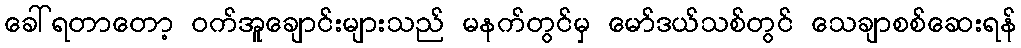
ခေါ်ရတာတော့ ဝက်အူချောင်းများသည် မနက်တွင်မှ မော်ဒယ်သစ်တွင် သေချာစစ်ဆေးရန်